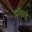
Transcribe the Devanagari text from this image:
इक्सिम्चे